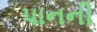
પાનની